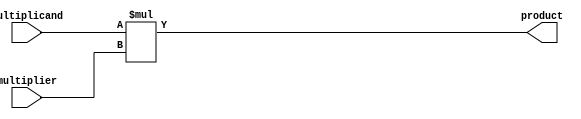
module signed_multiplier (
  input signed [7:0] multiplicand,
  input signed [7:0] multiplier,
  output signed [15:0] product
);

  assign product = multiplicand * multiplier;

endmodule